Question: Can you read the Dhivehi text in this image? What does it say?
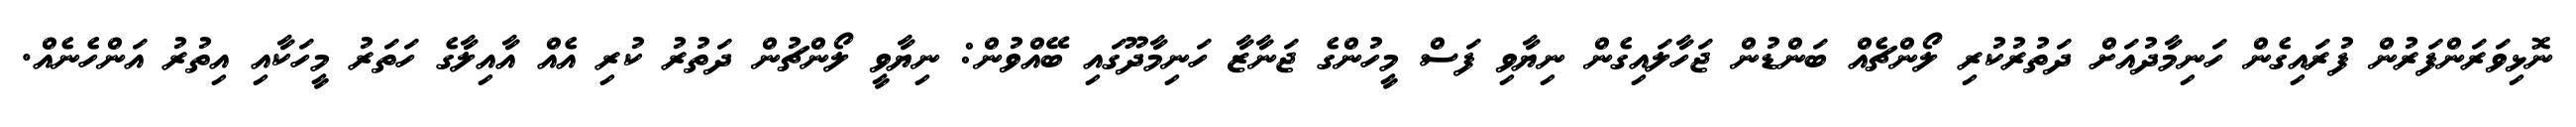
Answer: ނޮޅިވަރަންފަރުން ފުރައިގެން ހަނިމާދުއަށް ދަތުރުކުރި ލޯންޗެއް ބަންޑުން ޖަހާލައިގެން ނިޔާވި ފަސް މީހުންގެ ޖަނާޒާ ހަނިމާދޫގައި ބޭއްވުން: ނިޔާވީ ލޯންޗުން ދަތުރު ކުރި އެއް އާއިލާގެ ހަތަރު މީހަކާއި އިތުރު އަންހެނެއް.